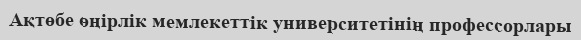
Ақтөбе өңірлік мемлекеттік университетінің профессорлары